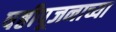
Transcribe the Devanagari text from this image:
षष्ठीपूजनाच्या